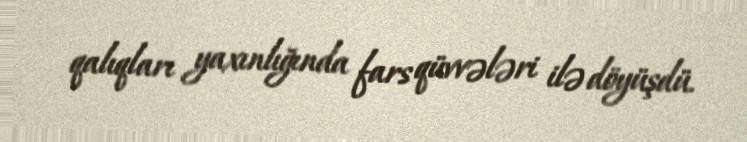
qalıqları yaxınlığında fars qüvvələri ilə döyüşdü.